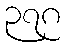
၃၇၈